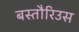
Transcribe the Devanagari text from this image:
बस्तौरिउस